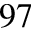
^ { 9 7 }